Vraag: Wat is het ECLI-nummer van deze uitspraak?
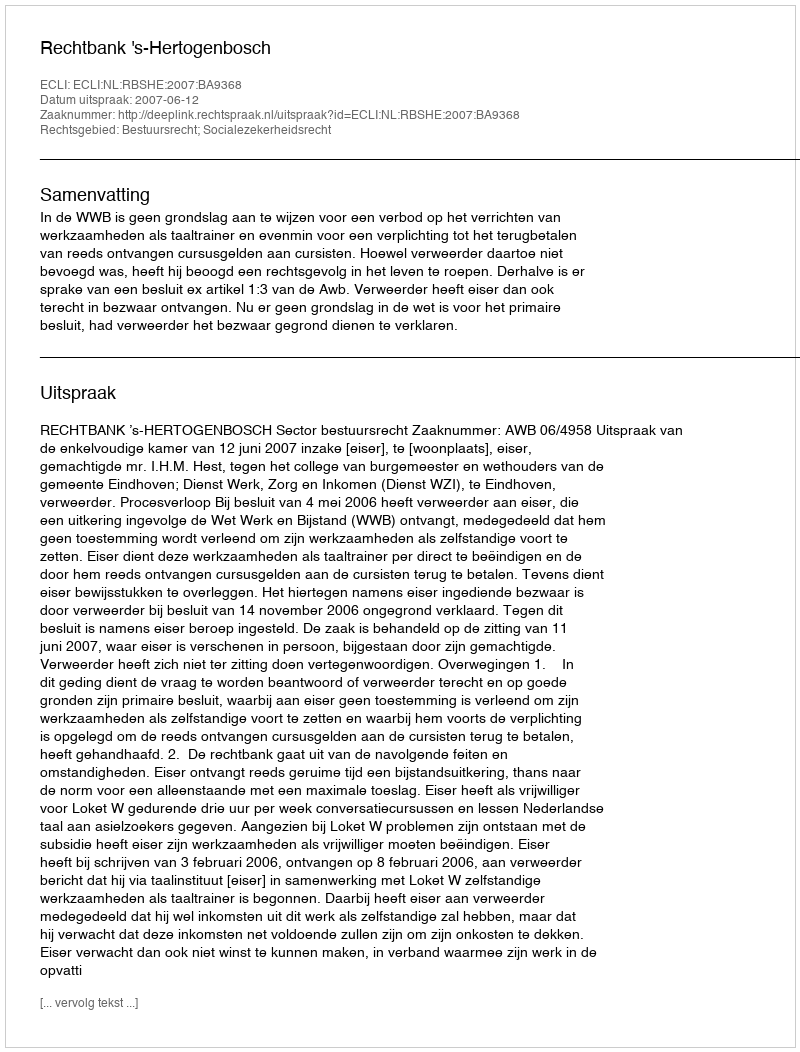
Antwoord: ECLI:NL:RBSHE:2007:BA9368